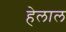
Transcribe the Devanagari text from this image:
हेलाल